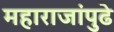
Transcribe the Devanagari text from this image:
महाराजांपुढे